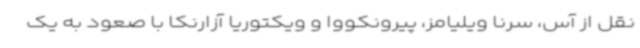
نقل از آس، سرنا ویلیامز، پیرونکووا و ویکتوریا آزارنکا با صعود به یک